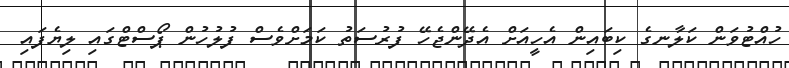
ހުއްޓުވަން ކަލާނގެ ކިބައިން އެހީއަށް އެދޭންޖެހޭ ފުރުސަތު ކަމަށްވެސް ފުލުހުން ޕޯސްޓްގައި ލިޔެފައި